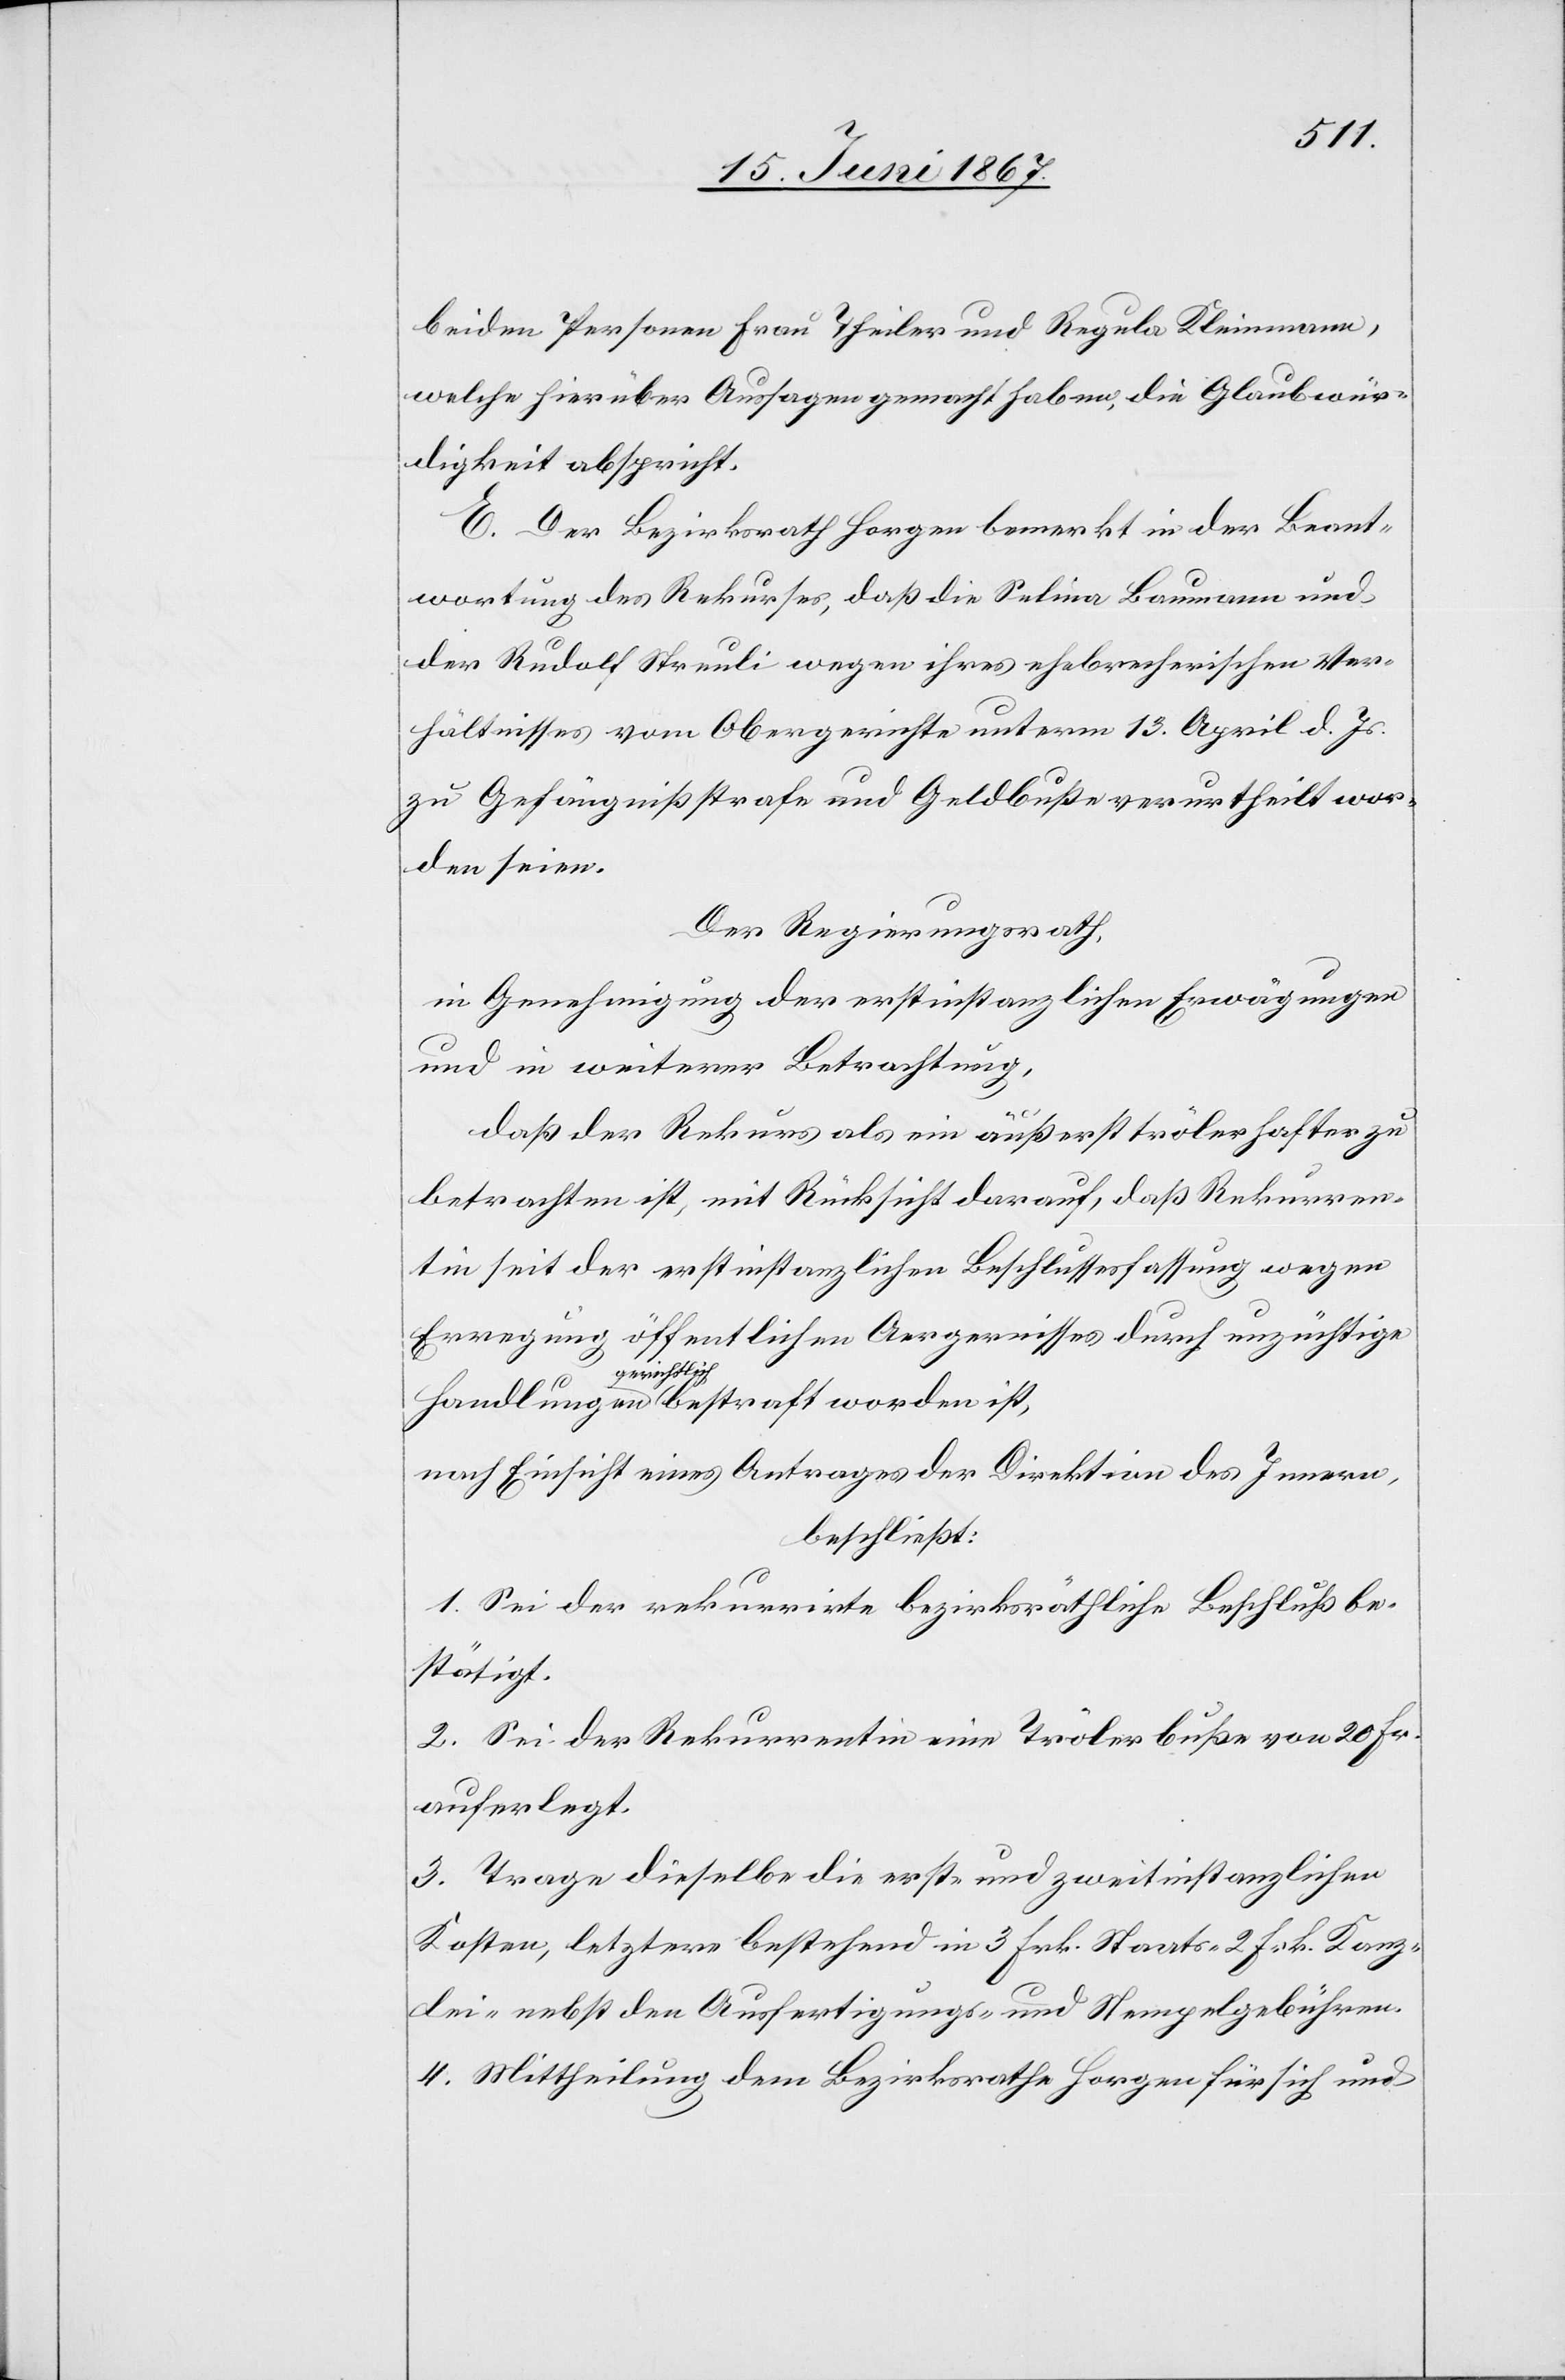
beiden Personen Frau Theiler und Regula Kleinmann,
welche hierüber Aussagen gemacht haben, die Glaubwür¬
digkeit abspricht.
E. Der Bezirksrath Horgen bemerkt in der Beant¬
wortung des Rekurses, daß die Selina Baumann und
der Rudolf Streuli wegen ihres ehebrecherischen Ver¬
hältnisses vom Obergerichte unterm 13. April d. Js.
zu Gefängnißstrafe und Geldbuße verurtheilt wor¬
den seien.
Der Regierungsrath,
in Genehmigung der erstinstanzlichen Erwägungen
und in weiterer Betrachtung,
daß der Rekurs als ein äußerst trölerhafter zu
betrachten ist, mit Rücksicht darauf, daß Rekurren¬
tin seit der erstinstanzlichen Beschlussesfassung wegen
Erregung öffentlichen Aergernisses durch unzüchtige
gerichtlich
ist,
beschließt:
1. Sei der rekurrirte bezirksräthliche Beschluß be¬
stätigt.
2. Sei der Rekurrentin eine Trölerbuße von 20 Fr.
auferlegt.
3. Trage dieselbe die erst- und zweitinstanzlichen
Kosten, letztere bestehend in 3 Frk. Staats-[,] 2 Frk. Kanz¬
lei- und den Ausfertigungs- und Stempelgebühren.
4. Mittheilung dem Bezirksrathe Horgen für sich und